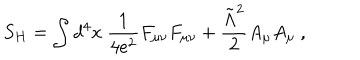
LaTeX: S _ { H } = \int d ^ { 4 } x \ { \frac { 1 } { 4 e ^ { 2 } } } F _ { \mu \nu } F _ { \mu \nu } + { \frac { \tilde { \Lambda } ^ { 2 } } { 2 } } A _ { \mu } A _ { \mu } \ ,